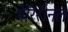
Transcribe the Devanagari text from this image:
पेरिरीनल